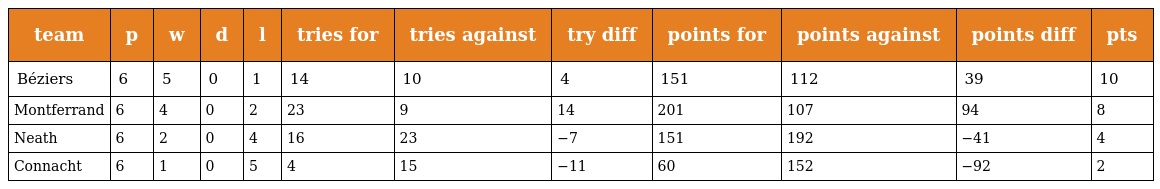
| team | p | w | d | l | tries for | tries against | try diff | points for | points against | points diff | pts |
 | --- | --- | --- | --- | --- | --- | --- | --- | --- | --- | --- | --- |
 | Béziers | 6 | 5 | 0 | 1 | 14 | 10 | 4 | 151 | 112 | 39 | 10 |
 | Montferrand | 6 | 4 | 0 | 2 | 23 | 9 | 14 | 201 | 107 | 94 | 8 |
 | Neath | 6 | 2 | 0 | 4 | 16 | 23 | −7 | 151 | 192 | −41 | 4 |
 | Connacht | 6 | 1 | 0 | 5 | 4 | 15 | −11 | 60 | 152 | −92 | 2 |